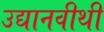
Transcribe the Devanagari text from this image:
उद्यानवीथी